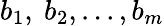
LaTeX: b_{1},\ b_{2},...,b_{m}